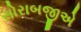
સોરાબજીએ